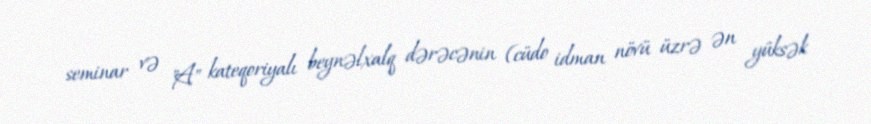
seminar və "A" kateqoriyalı beynəlxalq dərəcənin (cüdo idman növü üzrə ən yüksək